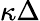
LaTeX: \kappa\Delta